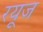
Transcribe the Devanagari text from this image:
रयूज